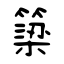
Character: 簗